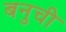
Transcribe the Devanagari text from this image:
बनुची